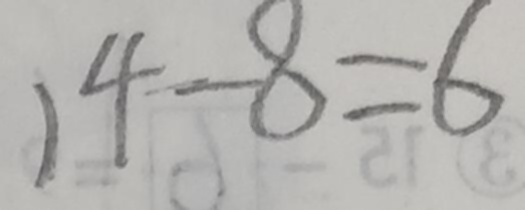
1 4 - 8 = 6